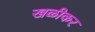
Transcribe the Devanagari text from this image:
खळीकर